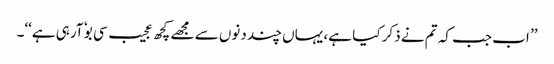
’’ اب جب کہ تم نے ذکر کیا ہے، یہاں چند دنوں سے مجھے کچھ عجیب سی بوٗ آرہی ہے‘‘۔